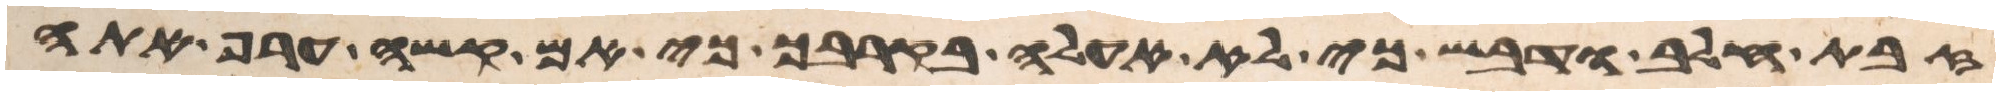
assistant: זבת חלב ודבש כי לא אעלה בקרבך כי עם קשה ערף אתה